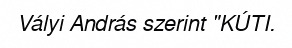
Vályi András szerint "KÚTI.